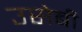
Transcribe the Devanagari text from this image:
उसेबी